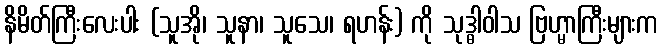
နိမိတ်ကြီးလေးပါး (သူအို၊ သူနာ၊ သူသေ၊ ရဟန်း) ကို သုဒ္ဓါဝါသ ဗြဟ္မာကြီးများက